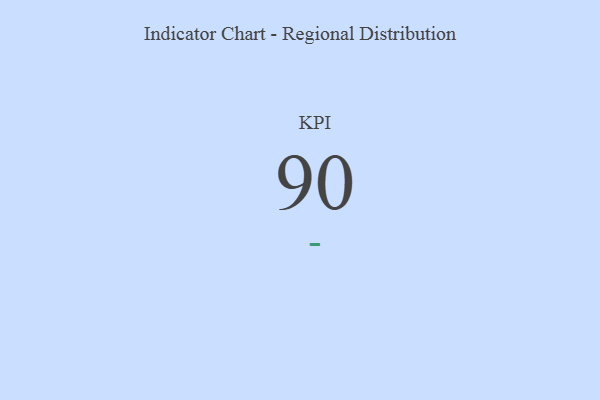
{"axis": {"x": "KPI", "y": "Value"}, "legend": [""], "data": [{"x": "KPI", "y": 90, "type": ""}]}